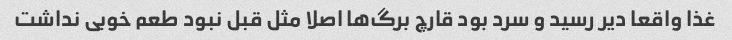
غذا واقعا دیر رسید و سرد بود قارچ برگ‌ها اصلا مثل قبل نبود طعم خوبی نداشت